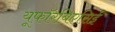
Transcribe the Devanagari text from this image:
यूफॉरबिएसिई